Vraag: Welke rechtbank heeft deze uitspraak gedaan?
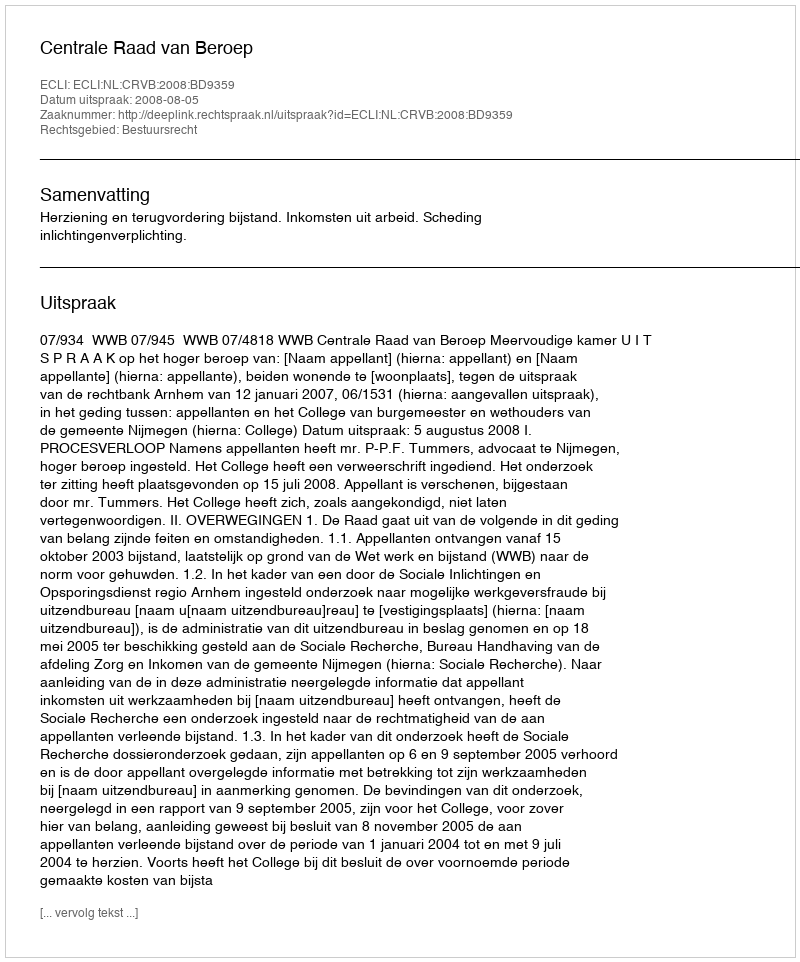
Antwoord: Centrale Raad van Beroep